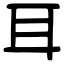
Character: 耳